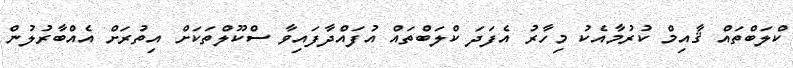
ކްލަބްތައް ޤާއިމް ކުރުމާއެކު މިހާރު އެފަދަ ކްލަބްތައް އުފައްދާފައިވާ ސްކޫލްތަކަށް އިތުރަށް އެއްބާރުލުން